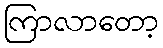
ကြာလာတော့